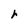
Character: r